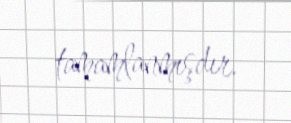
tamamlanmışdır.